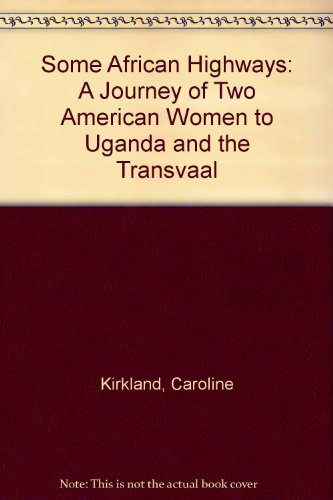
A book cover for Some African highways;: A journey of two American women to Uganda and the Transvaal,; Caroline Kirkland; Travel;